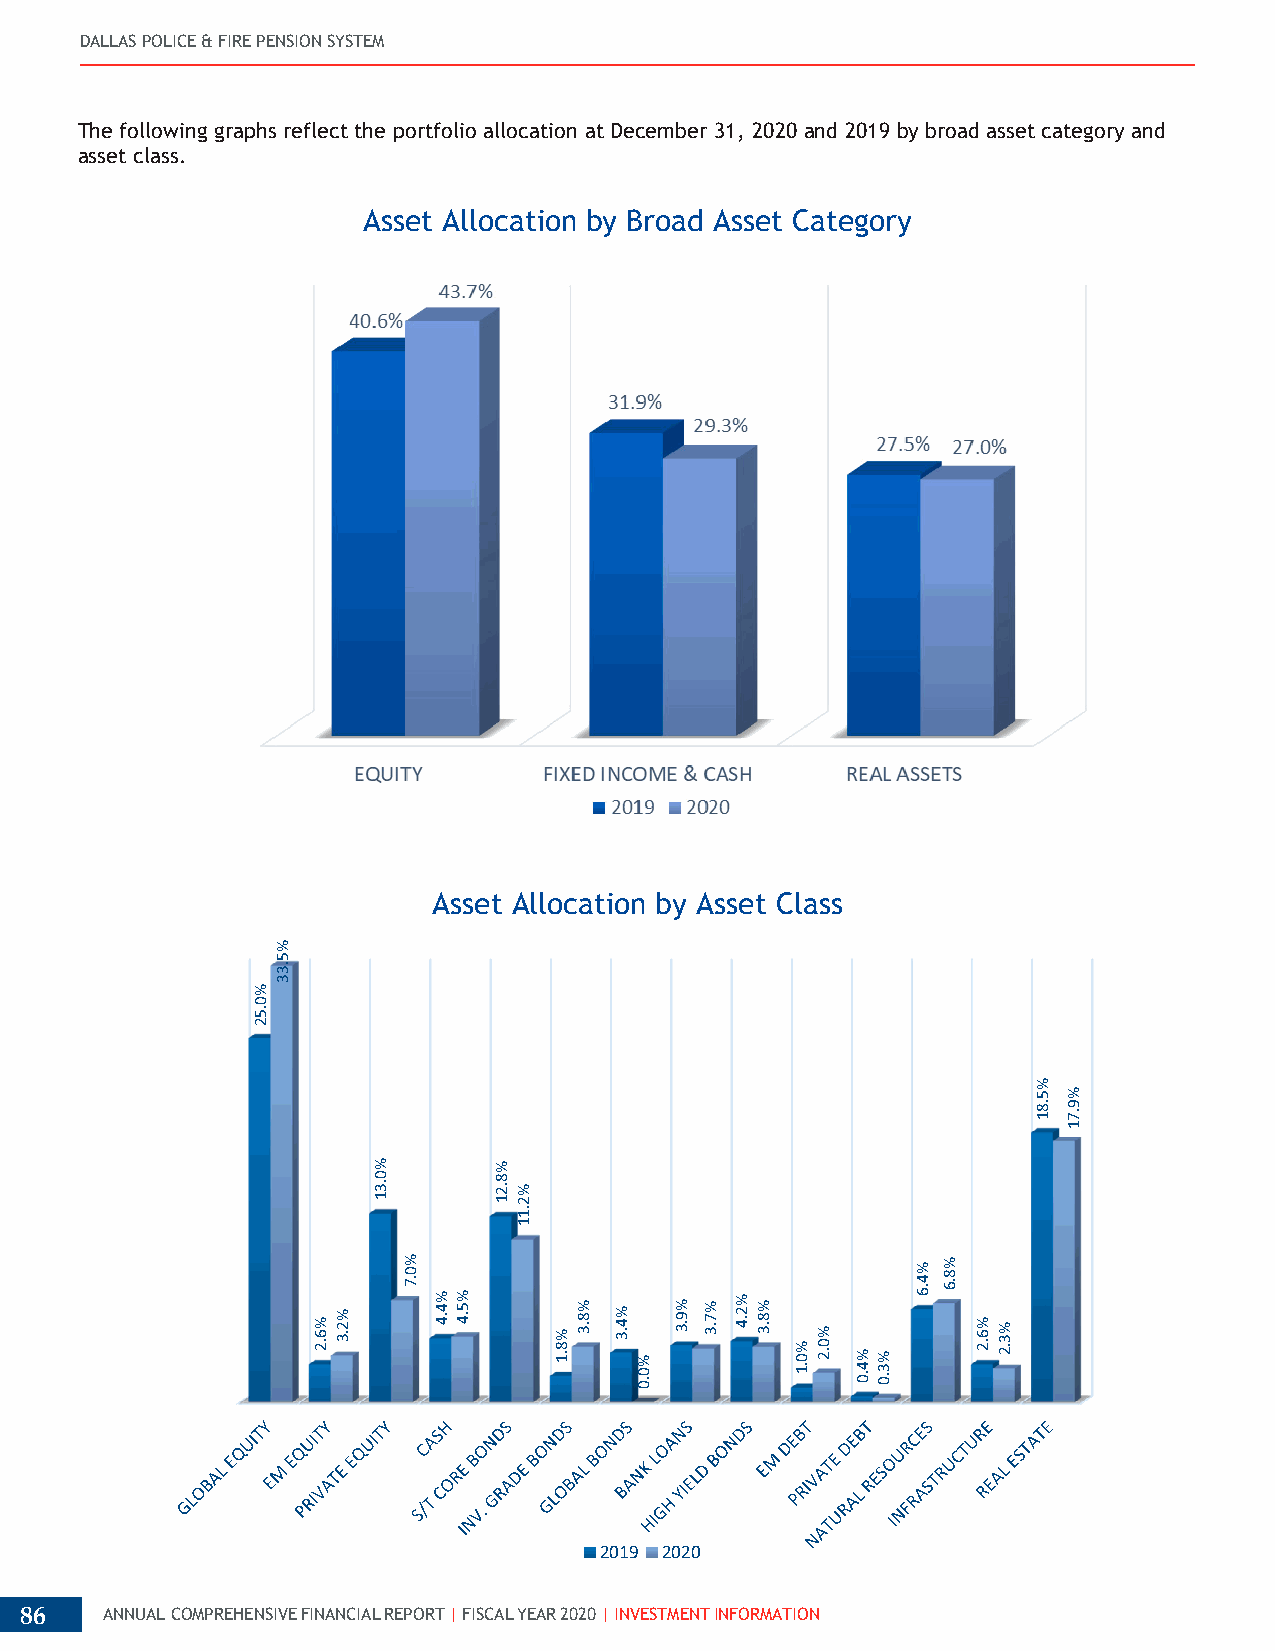
DALLAS POLICE & FIRE PENSION SYSTEM
 The following graphs reflect the portfolio allocation at December 31, 2020 and 2019 by broad asset category and
 asset class.
 Asset Allocation by Broad Asset Category
 Asset Allocation by Asset Class
 2019 2020
 86    ANNUAL COMPREHENSIVE FINANCIAL REPORT | FISCAL YEAR 2020 | INVESTMENT INFORMATION
 %0.52
 %5.33
 %6.2
 %2.3
 %0.31
 %0.7
 %4.4 %5.4
 %8.21
 %2.11
 %8.1
 %8.3 %4.3
 %0.0
 %9.3 %7.3 %2.4 %8.3
 %0.1
 %0.2
 %4.0 %3.0
 %4.6 %8.6
 %6.2 %3.2
 %5.81
 %9.71